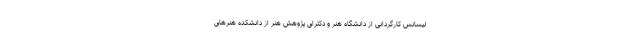
لیسانس کارگردانی از دانشگاه هنر و دکترای پژوهش هنر از دانشکده هنرهای